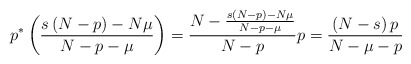
\begin{align*}p^{\ast}\left( \frac{s\left( N-p\right) -N\mu}{N-p-\mu}\right)=\frac{N-\frac{s\left( N-p\right) -N\mu}{N-p-\mu}}{N-p}p=\frac{\left(N-s\right) p}{N-\mu-p}\end{align*}